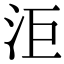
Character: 洰